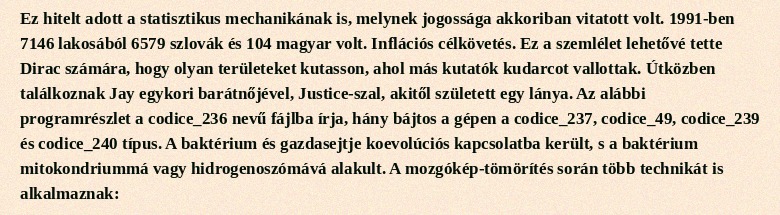
Ez hitelt adott a statisztikus mechanikának is, melynek jogossága akkoriban vitatott volt. 1991-ben 7146 lakosából 6579 szlovák és 104 magyar volt. Inflációs célkövetés. Ez a szemlélet lehetővé tette Dirac számára, hogy olyan területeket kutasson, ahol más kutatók kudarcot vallottak. Útközben találkoznak Jay egykori barátnőjével, Justice-szal, akitől született egy lánya. Az alábbi programrészlet a codice_236 nevű fájlba írja, hány bájtos a gépen a codice_237, codice_49, codice_239 és codice_240 típus. A baktérium és gazdasejtje koevolúciós kapcsolatba került, s a baktérium mitokondriummá vagy hidrogenoszómává alakult. A mozgókép-tömörítés során több technikát is alkalmaznak: